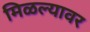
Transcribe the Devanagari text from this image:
मिळल्यावर